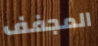
المجفف